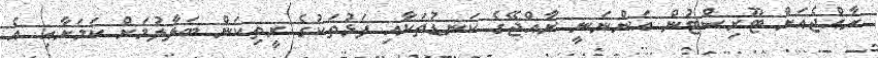
ރާއްޖެއަށް ޓޫރިސްޓުން އަންނަނީ ރާއްޖޭގެ ކަނޑުތަކާއި ފަޅުތަކުގެ ރީތިކަން ބަލާލުމަށް ކަމަށާއި އެ